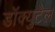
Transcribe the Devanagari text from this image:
डॉक्युटेल